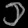
Digit: ၁